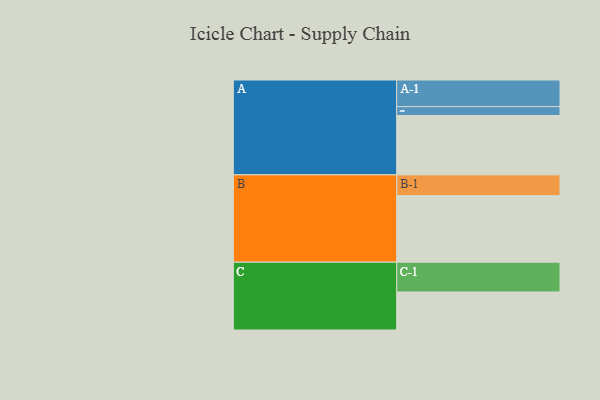
{"axis": {"x": "Segment", "y": "Value"}, "legend": ["", "A", "B", "C"], "data": [{"x": "A", "y": 535, "type": ""}, {"x": "B", "y": 600, "type": ""}, {"x": "C", "y": 343, "type": ""}, {"x": "A-1", "y": 240, "type": "A"}, {"x": "A-2", "y": 80, "type": "A"}, {"x": "B-1", "y": 187, "type": "B"}, {"x": "C-1", "y": 268, "type": "C"}]}